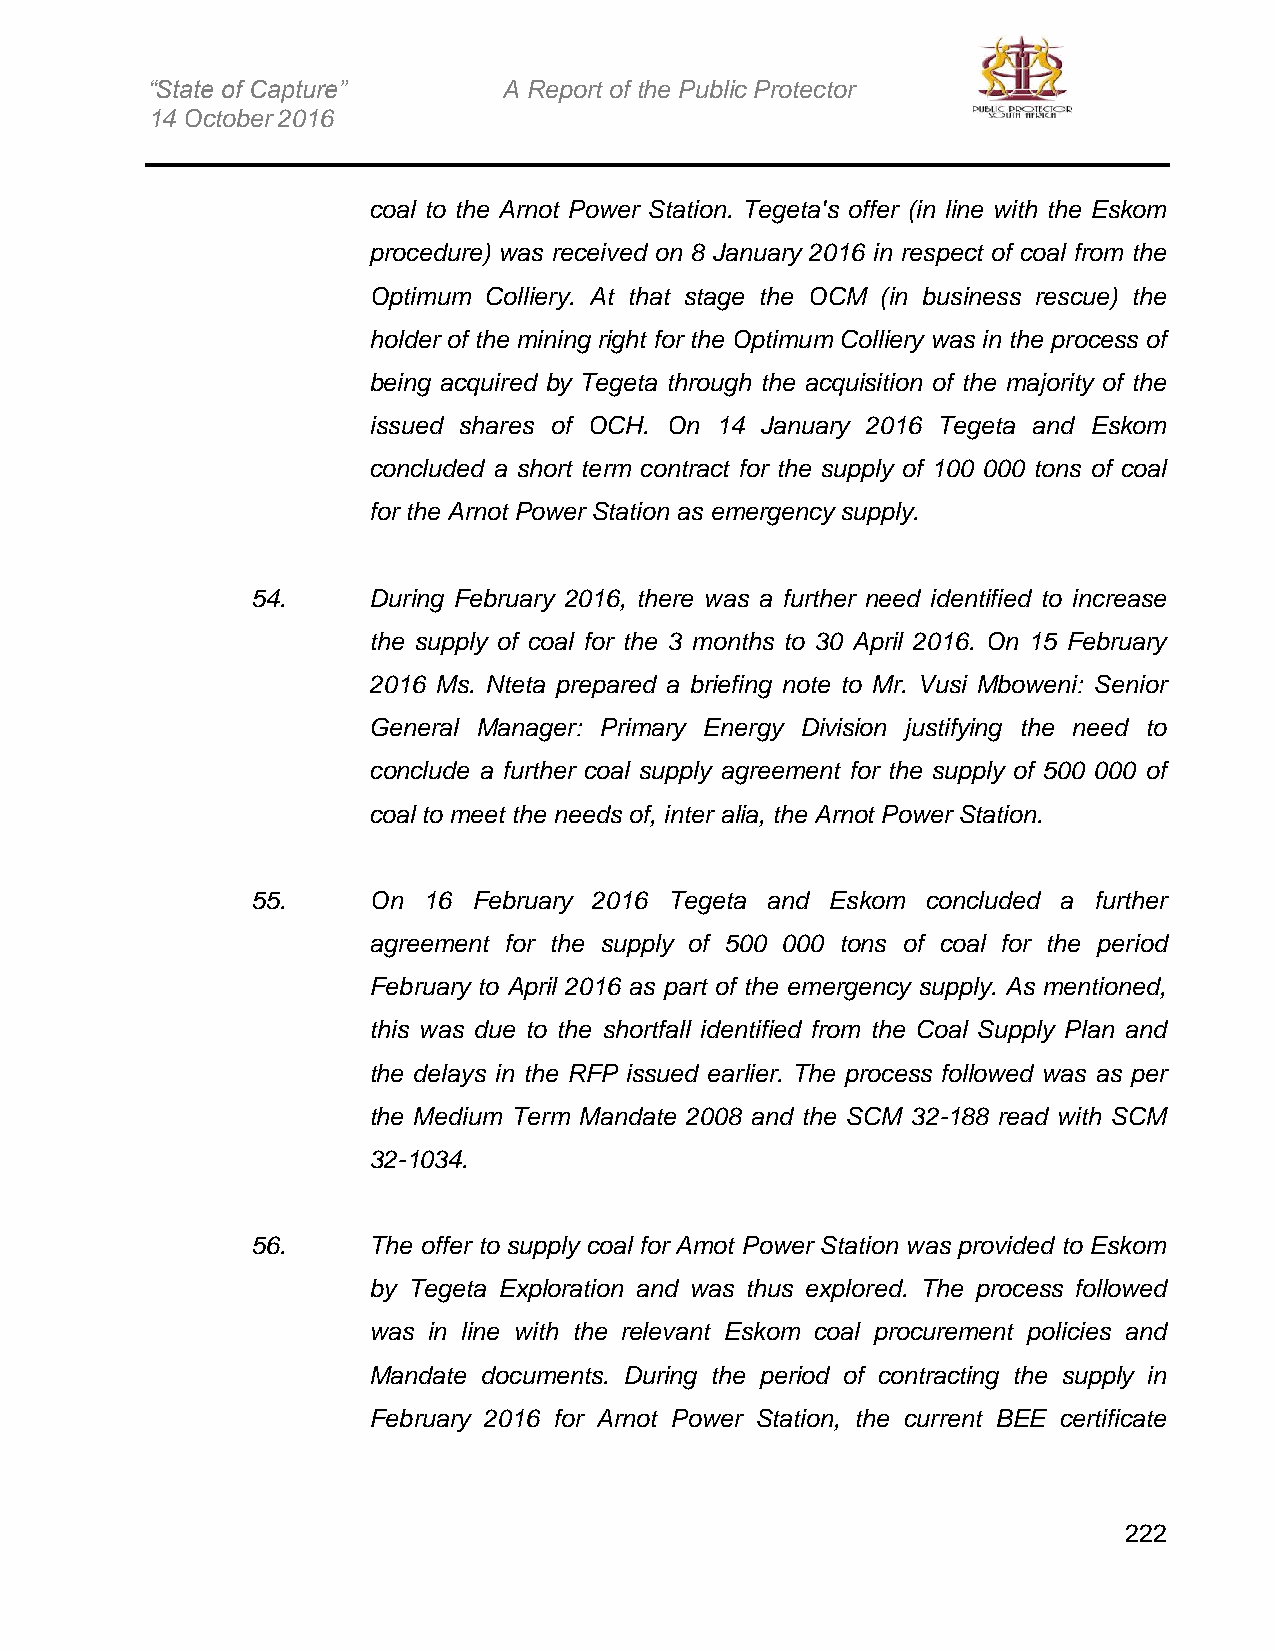
“State of Capture”     A Report of the Public Protector
 14 October 2016
 coal to the Arnot Power Station. Tegeta's offer (in line with the Eskom
 procedure) was received on 8 January 2016 in respect of coal from the
 Optimum Colliery. At that stage the OCM (in business rescue) the
 holder of the mining right for the Optimum Colliery was in the process of
 being acquired by Tegeta through the acquisition of the majority of the
 issued shares of OCH. On 14 January 2016 Tegeta and Eskom
 concluded a short term contract for the supply of 100 000 tons of coal
 for the Arnot Power Station as emergency supply.
 54.    During February 2016, there was a further need identified to increase
 the supply of coal for the 3 months to 30 April 2016. On 15 February
 2016 Ms. Nteta prepared a briefing note to Mr. Vusi Mboweni: Senior
 General Manager: Primary Energy Division justifying the need to
 conclude a further coal supply agreement for the supply of 500 000 of
 coal to meet the needs of, inter alia, the Arnot Power Station.
 55.    On  16 February 2016 Tegeta and Eskom concluded a further
 agreement for the supply of 500 000 tons of coal for the period
 February to April 2016 as part of the emergency supply. As mentioned,
 this was due to the shortfall identified from the Coal Supply Plan and
 the delays in the RFP issued earlier. The process followed was as per
 the Medium Term Mandate 2008 and the SCM 32-188 read with SCM
 32-1034.
 56.    The offer to supply coal for Amot Power Station was provided to Eskom
 by Tegeta Exploration and was thus explored. The process followed
 was in line with the relevant Eskom coal procurement policies and
 Mandate documents. During the period of contracting the supply in
 February 2016 for Arnot Power Station, the current BEE certificate
 222